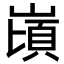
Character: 𪩌